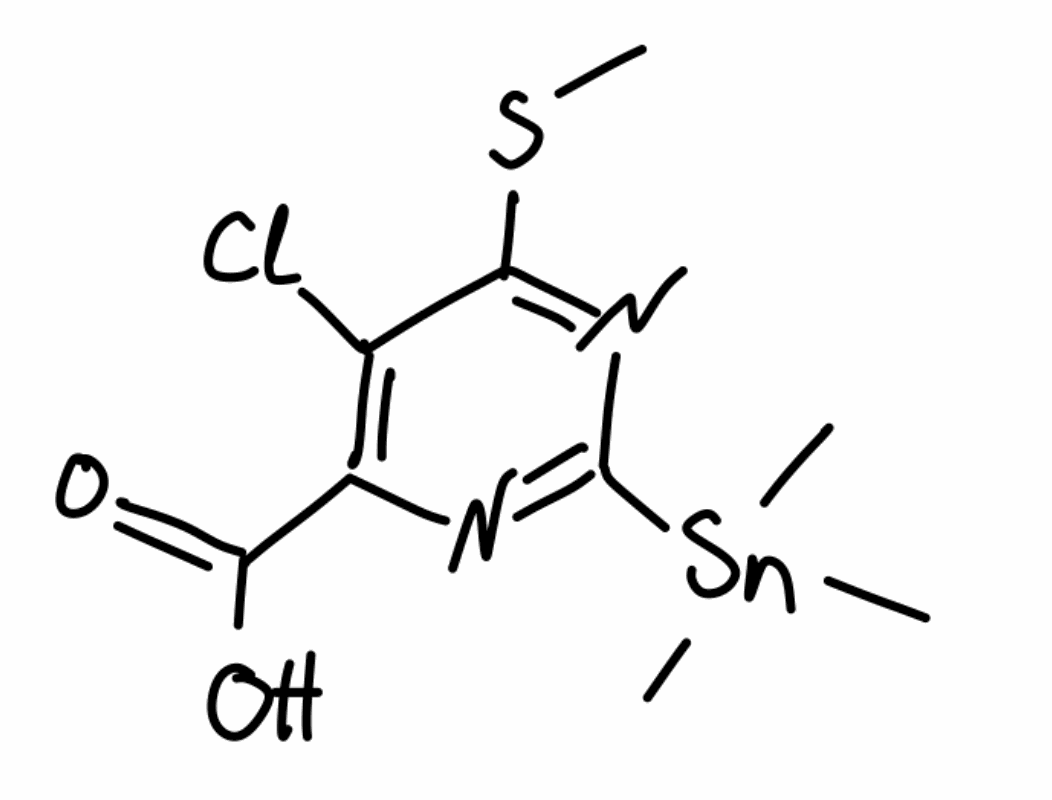
Simplified molecular-input line-entry system (SMILES) notation of the given molecule:
CSC1=NC(=NC(=C1Cl)C(=O)O)[Sn](C)(C)C